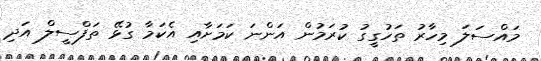
މައްސަލަ މިހާރު ތަހުގީގު ކުރަމުން އަންނަ ކަމަށާއި އެކަމާ ގުޅޭ ތަފްސީލް އަދި